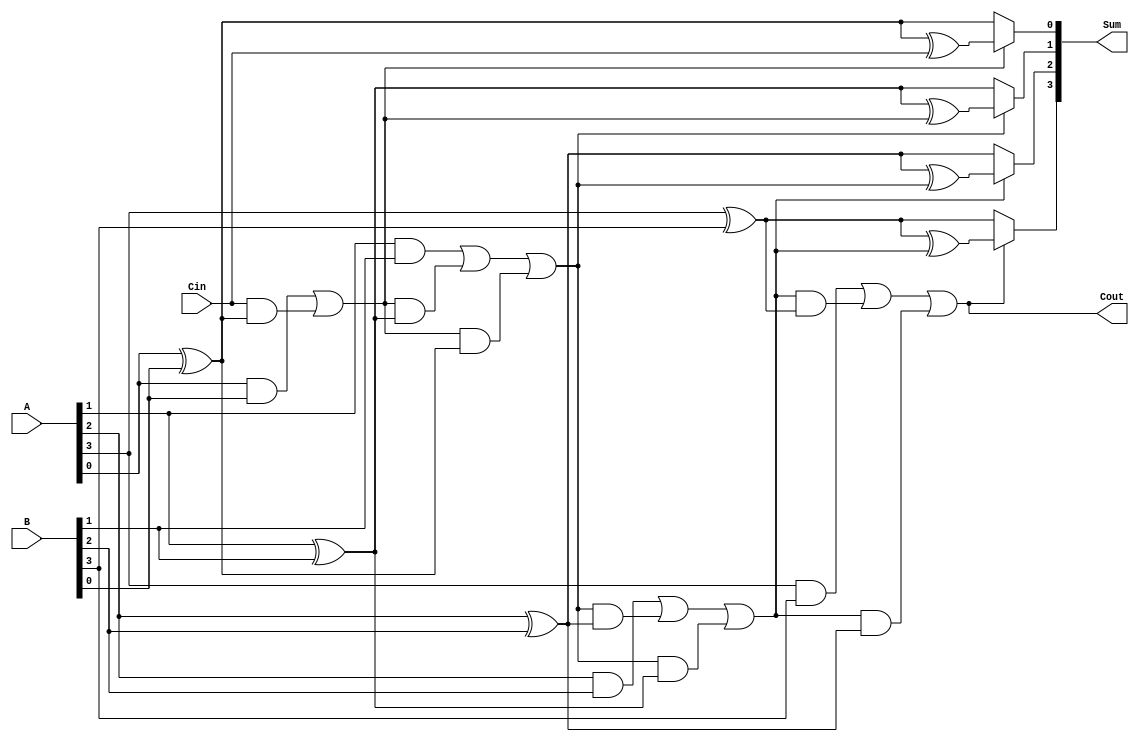
module ConditionalSumAdder #(parameter N = 4) (
    input  wire [N-1:0] A,    // First n-bit input
    input  wire [N-1:0] B,    // Second n-bit input
    input  wire Cin,           // Carry-in
    output wire [N-1:0] Sum,   // n-bit Sum output
    output wire Cout           // Carry-out
);

    wire [N-1:0] S0;          // Sum without carry
    wire [N-1:0] S1;          // Sum with carry
    wire [N-1:0] C1;          // Carry out for each bit
    wire [N-1:0] C;           // Intermediate carry for conditional selection

    // Generate sums and carries
    genvar i;
    generate
        for (i = 0; i < N; i = i + 1) begin : CSA
            assign S0[i] = A[i] ^ B[i];                   // Sum without carry
            assign S1[i] = A[i] ^ B[i] ^ (i == 0 ? Cin : C[i-1]); // Sum with carry
            assign C1[i] = (A[i] & B[i]) | ((i == 0 ? Cin : C[i-1]) & (A[i] ^ B[i])); // Carry out
        end
    endgenerate

    // Propagate carry signals
    assign C[0] = C1[0];
    generate
        for (i = 1; i < N; i = i + 1) begin : Carry_Propagation
            assign C[i] = C1[i] | (C[i-1] & (A[i-1] ^ B[i-1]));
        end
    endgenerate

    // Final sum calculation based on the carry selection
    generate
        for (i = 0; i < N; i = i + 1) begin : Final_Sum
            assign Sum[i] = C[i] ? S1[i] : S0[i];
        end
    endgenerate

    // Final carry-out
    assign Cout = C[N-1];

endmodule